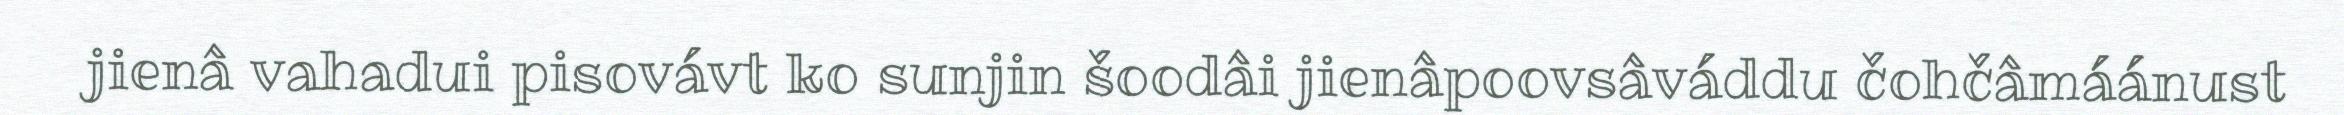
jienâ vahadui pisovávt ko sunjin šoodâi jienâpoovsâváddu čohčâmáánust